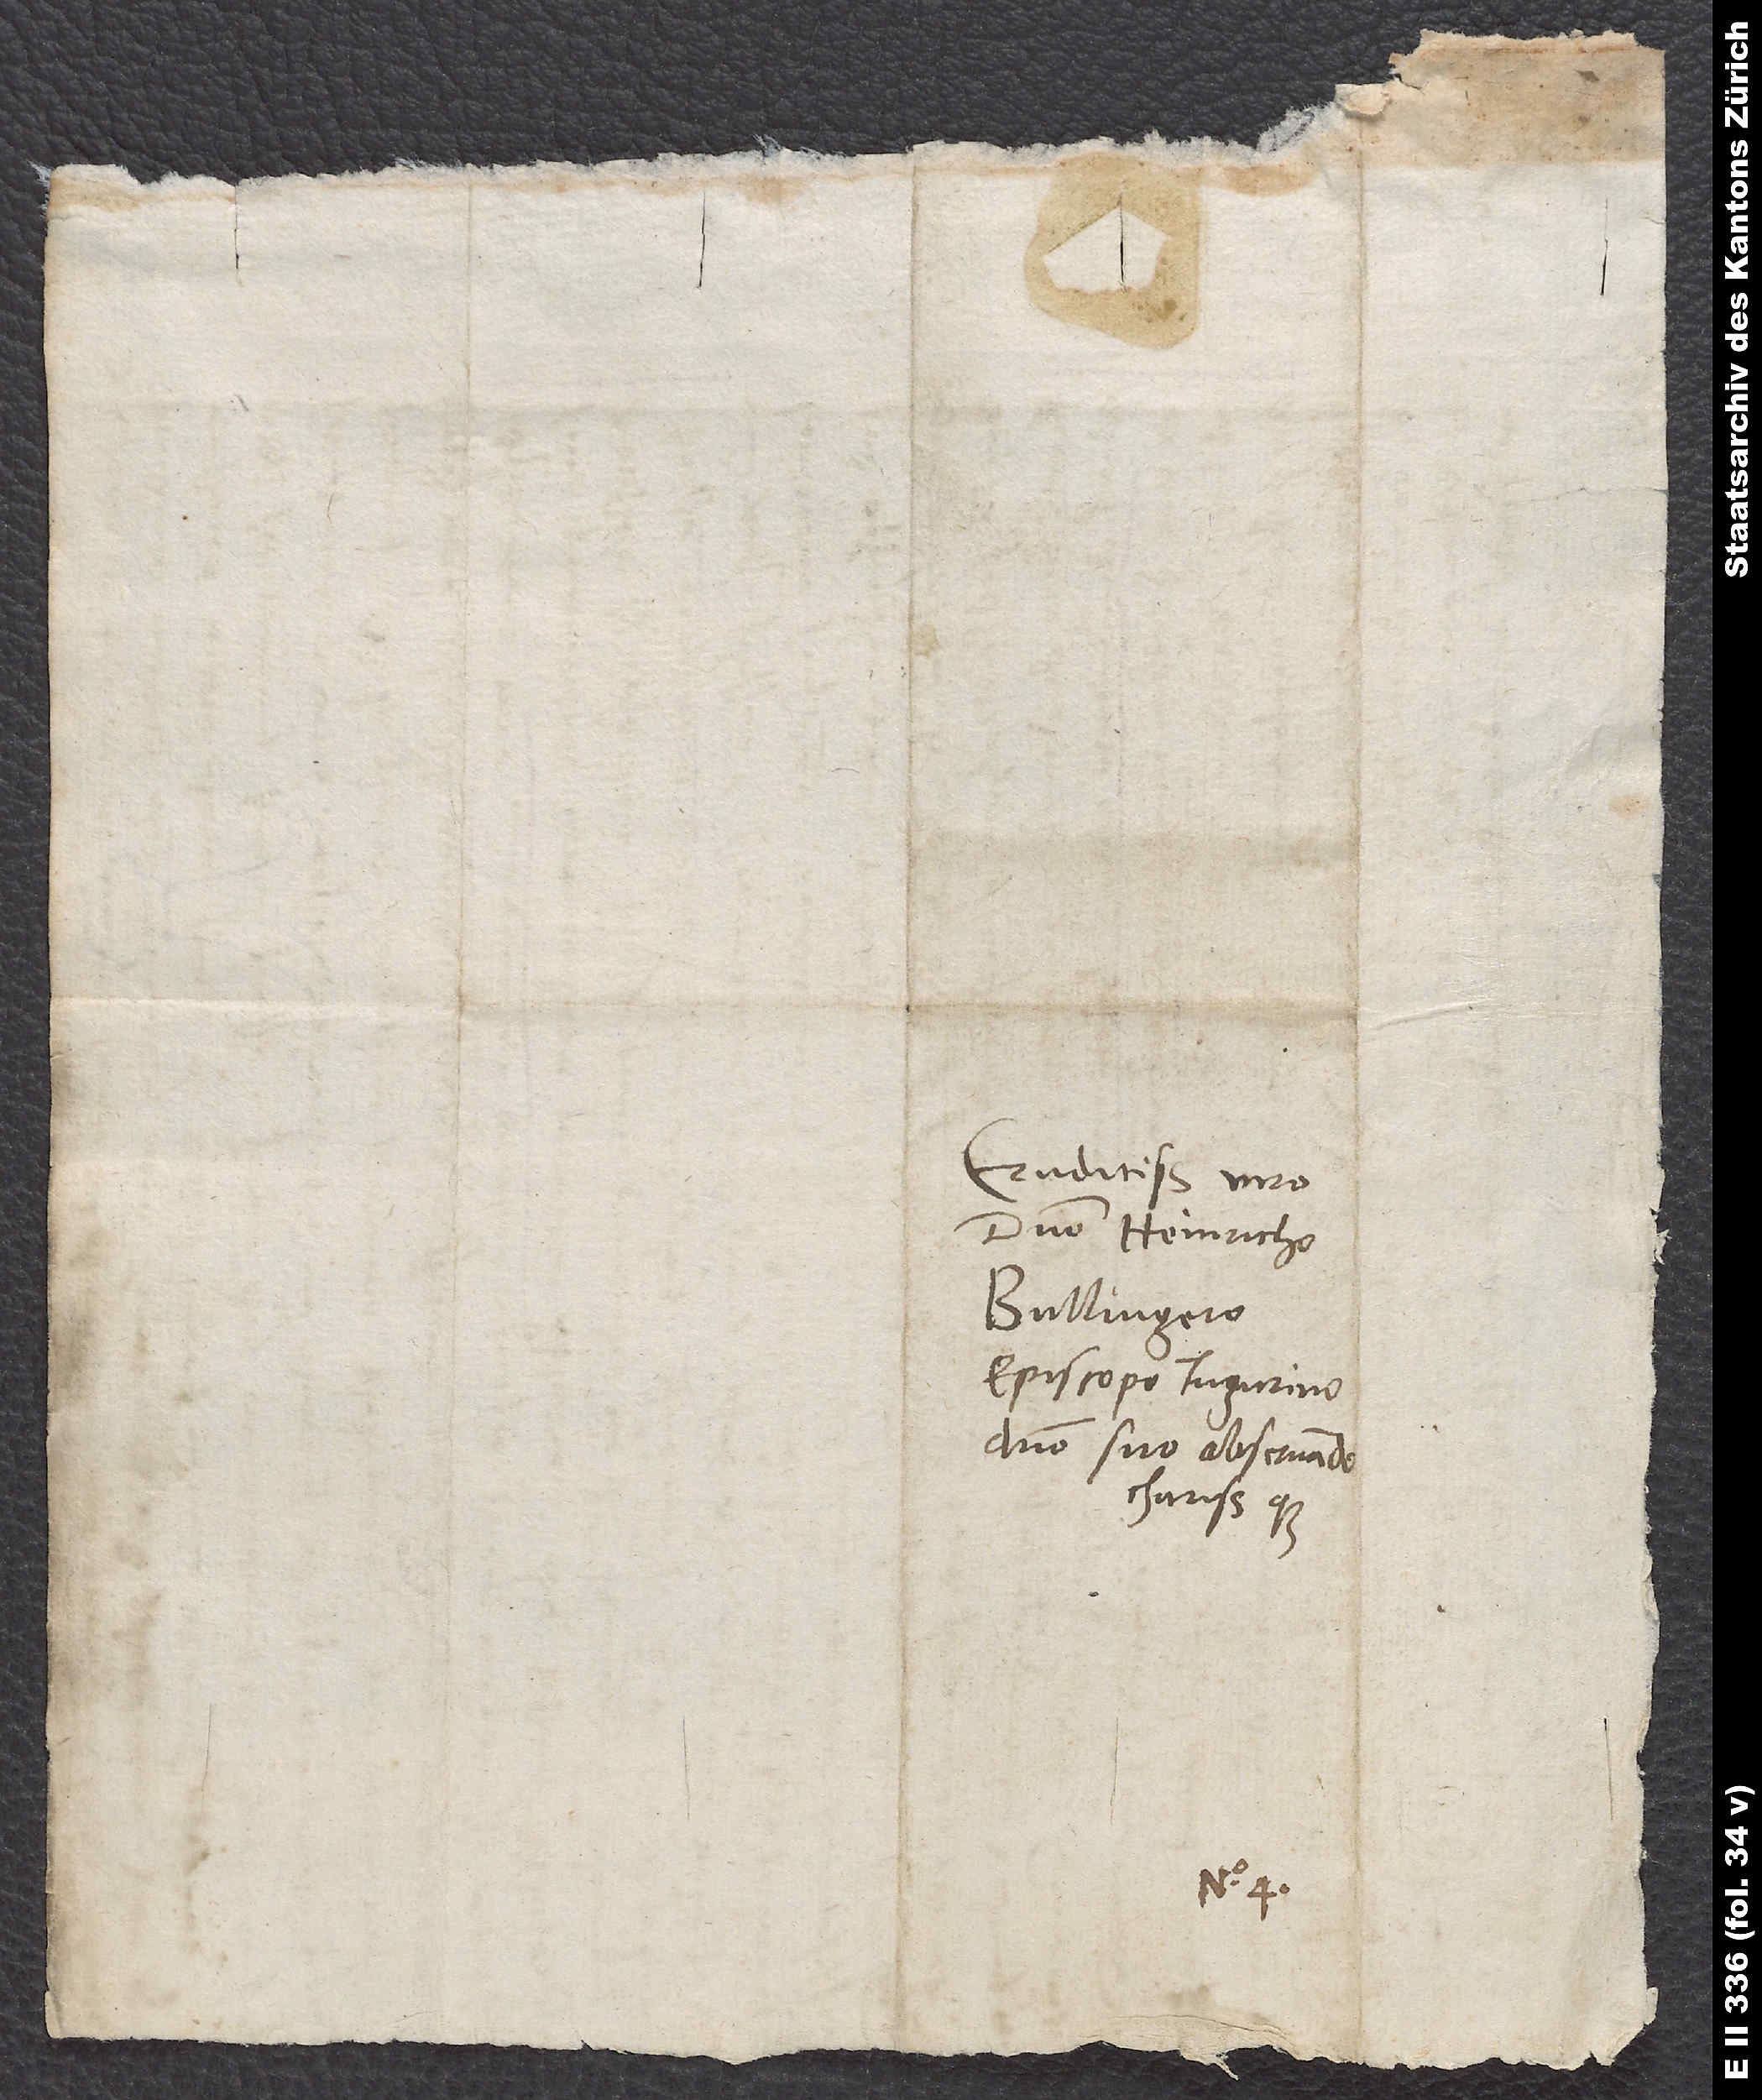
Eruditissimo viro
domino Heinricho
Bullingero,
episcopo Tigurino,
domino suo observando
charissimoque.